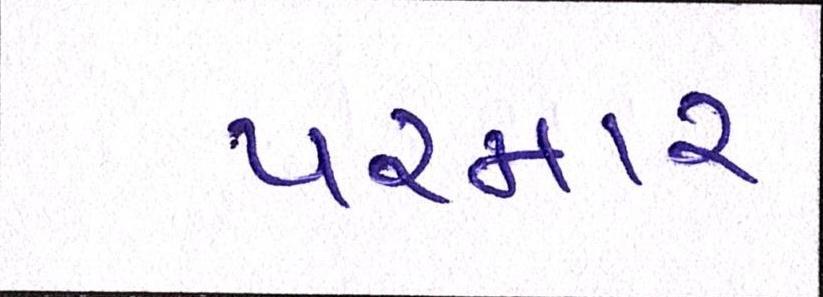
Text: પરમાર